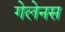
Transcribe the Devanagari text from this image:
गेलेनस